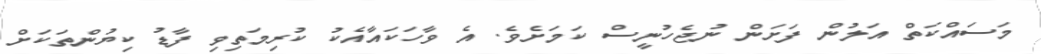
މަސައްކަތް އަލުން ފަށަން ނުޖެހުނީސް ކަމަށެވެ. އެ ވާހަކައާއެކު ކުރިމަތިވި ފާޑު ކިޔުންތަކަށް